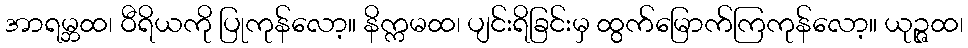
အာရမ္ဘထ၊ ဝီရိယကို ပြုကုန်လော့။ နိက္ကမထ၊ ပျင်းရိခြင်းမှ ထွက်မြောက်ကြကုန်လော့။ ယုဉ္ဇထ၊